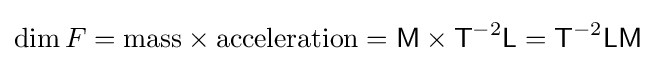
\operatorname {dim} F={\text{mass}}\times {\text{acceleration}}={\mathsf {M}}\times {\mathsf {T}}^{-2}{\mathsf {L}}={\mathsf {T}}^{-2}{\mathsf {L}}{\mathsf {M}}